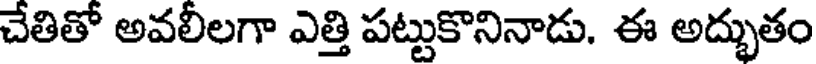
చేతితో అవలీలగా ఎత్తి పట్టుకొనినాడు. ఈ అద్భుతం